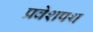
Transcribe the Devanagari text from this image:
प्रवेशपथ